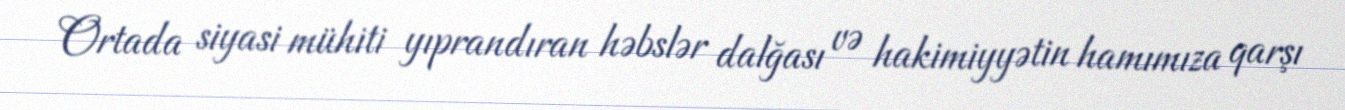
Ortada siyasi mühiti yıprandıran həbslər dalğası və hakimiyyətin hamımıza qarşı